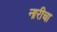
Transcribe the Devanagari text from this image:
नारीचा